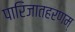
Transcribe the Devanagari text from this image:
पारिजातहरणम्